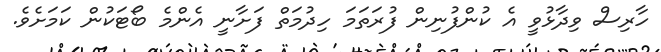
ހާރިސް ވިދާޅުވީ އެ ކުންފުނިން ފުރަތަމަ ހިދުމަތް ފަށާނީ އެންމެ ބޯޓަކުން ކަމަށެވެ.